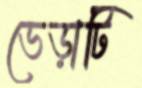
ভেড়াটি